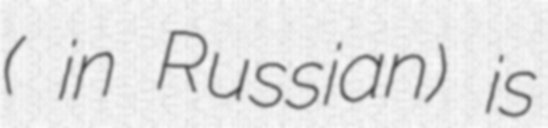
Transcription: (Интеко in Russian) is